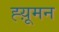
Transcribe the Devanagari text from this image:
ह्य़ूमन